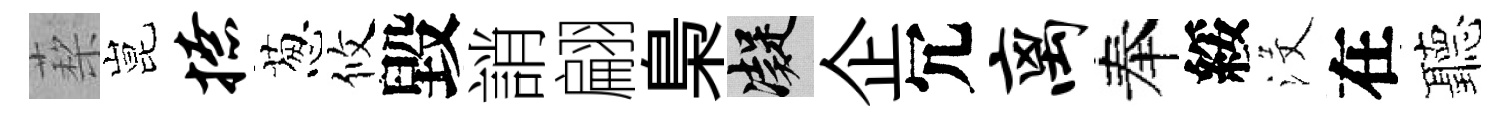
蔾昆撩葱攸毀誚翩梟凝企冗离奉綏沒在聽